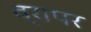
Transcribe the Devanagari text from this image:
व्रापर